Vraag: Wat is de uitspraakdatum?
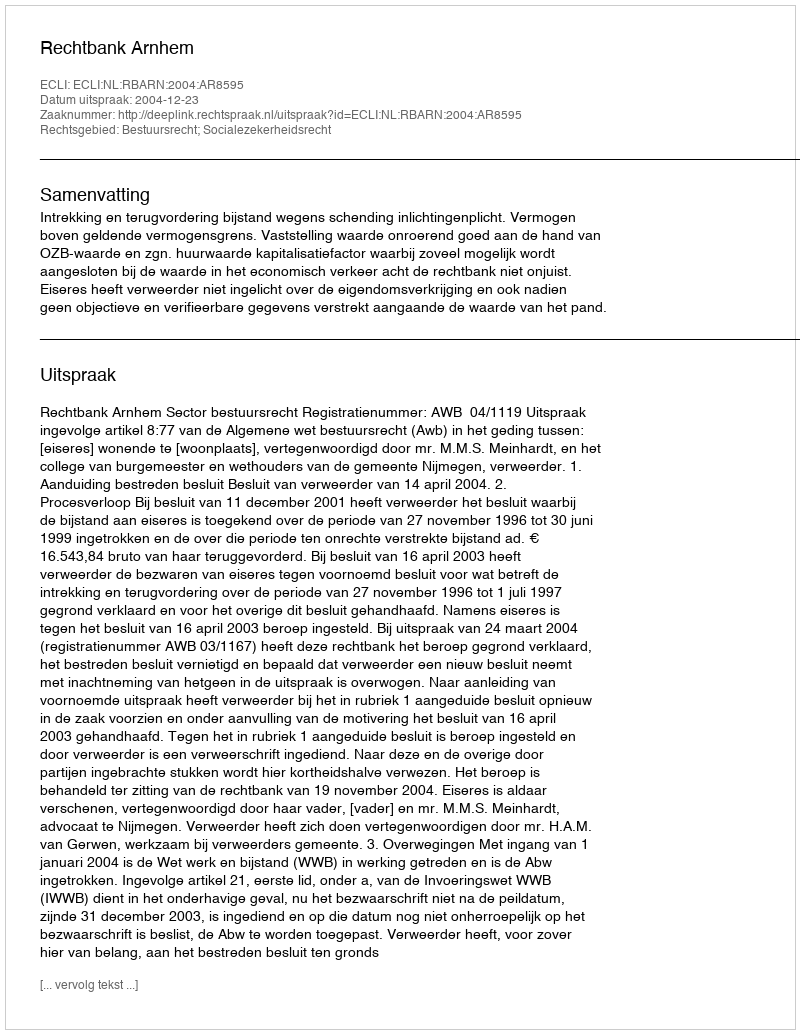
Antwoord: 2004-12-23